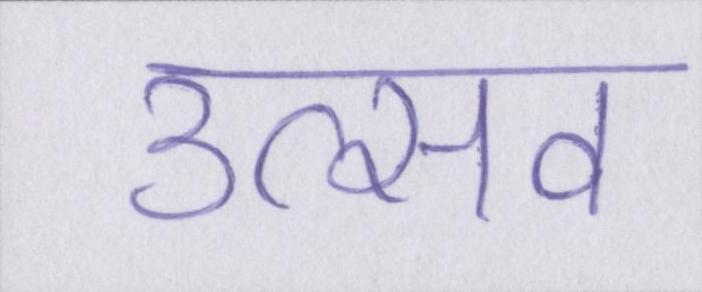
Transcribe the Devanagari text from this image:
उत्सव